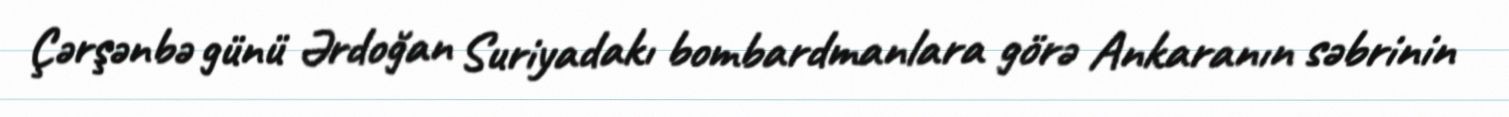
Çərşənbə günü Ərdoğan Suriyadakı bombardmanlara görə Ankaranın səbrinin